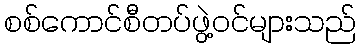
စစ်ကောင်စီတပ်ဖွဲ့ဝင်များသည်